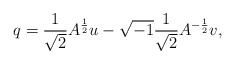
\begin{align*}q=\frac1{\sqrt{2}}A^{\frac12}u-\sqrt{-1}\frac1{\sqrt{2}}A^{-\frac12}v,\end{align*}